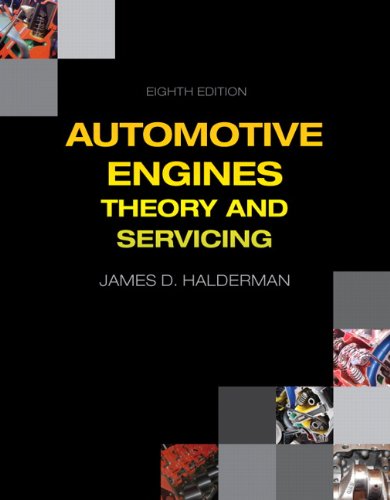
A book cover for Automotive Engines: Theory and Servicing (8th Edition) (Automotive Systems Books); James D. Halderman; Engineering & Transportation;